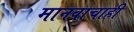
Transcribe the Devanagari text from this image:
मानवाचाही